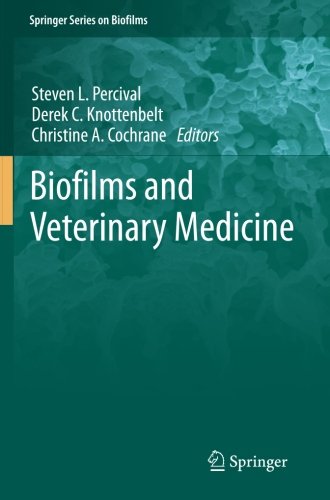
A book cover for Biofilms and Veterinary Medicine (Springer Series on Biofilms); Medical Books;